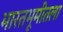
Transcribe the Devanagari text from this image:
भारतभूमीतला